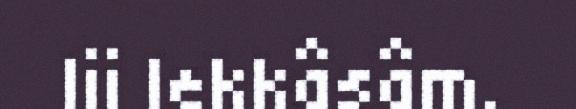
lii lekkâsâm.